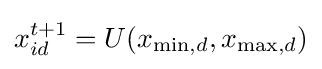
x_{id}^{t+1}=U(x_{\min ,d},x_{\max ,d})